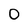
Character: 0